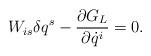
LaTeX: \begin{align*}W_{is} \delta q^s - {\partial G_L \over\partial\dot q^i} = 0 . \end{align*}